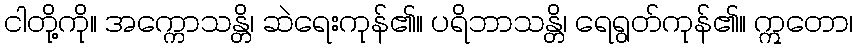
ငါတို့ကို။ အက္ကောသန္တိ၊ ဆဲရေးကုန်၏။ ပရိဘာသန္တိ၊ ရေရွတ်ကုန်၏။ ဣတော၊